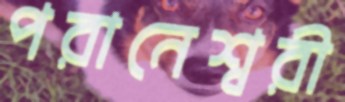
পরানেশ্বরী